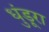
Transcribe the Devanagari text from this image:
धुंडूरा